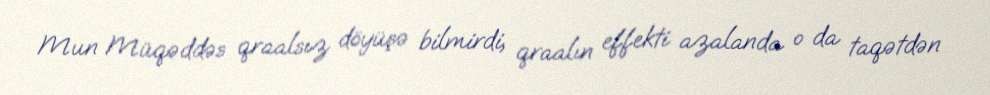
Mun Müqəddəs qraalsız döyüşə bilmirdi, qraalın effekti azalanda o da taqətdən